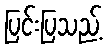
ပြင်းပြသည့်